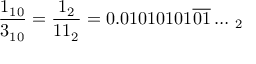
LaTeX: { \frac { 1 _ { 1 0 } } { 3 _ { 1 0 } } } = { \frac { 1 _ { 2 } } { 1 1 _ { 2 } } } = 0 . 0 1 0 1 0 1 0 1 { \overline { { 0 1 } } } \ldots \, _ { 2 }